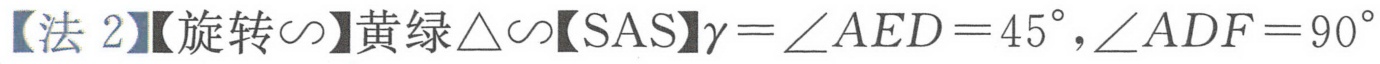
【法2】【旋转$\sim$】黄绿$\triangle\sim$【SAS】$\gamma=\angle AED = 45^{\circ},\angle ADF = 90^{\circ}$